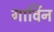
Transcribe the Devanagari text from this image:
गार्विन